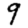
Digit: 9